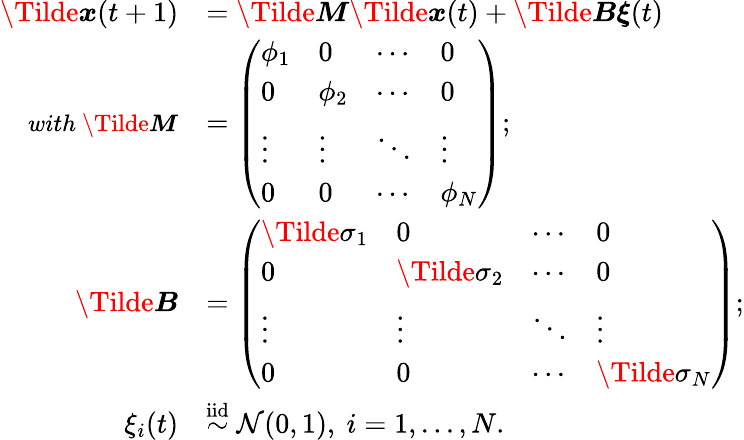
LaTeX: \begin{array}{rl}{\boldsymbol{\Tilde{x}}(t+1)}&{=\boldsymbol{\Tilde{M}}\boldsymbol{\Tilde{x}}(t)+\boldsymbol{\Tilde{B}}\boldsymbol{\xi}(t)}\\ {\small{\textit{with}}~\boldsymbol{\Tilde{M}}}&{=\left(\begin{array}{llll}{\phi_{1}}&{0}&{\cdots}&{0}\\ {0}&{\phi_{2}}&{\cdots}&{0}\\ {\vdots}&{\vdots}&{\ddots}&{\vdots}\\ {0}&{0}&{\cdots}&{\phi_{N}}\end{array}\right);}\\ {\boldsymbol{\Tilde{B}}}&{=\left(\begin{array}{llll}{\Tilde{\sigma}_{1}}&{0}&{\cdots}&{0}\\ {0}&{\Tilde{\sigma}_{2}}&{\cdots}&{0}\\ {\vdots}&{\vdots}&{\ddots}&{\vdots}\\ {0}&{0}&{\cdots}&{\Tilde{\sigma}_{N}}\end{array}\right);}\\ {\xi_{i}(t)}&{\overset{\mathrm{iid}}{\sim}\mathcal{N}(0,1),~i=1,...,N.}\end{array}